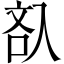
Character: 𠓬